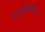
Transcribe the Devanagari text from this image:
तंत्रशिक्षणामधील